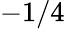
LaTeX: -1/4